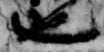
也